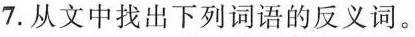
7.从文中找出下列词语的反义词。